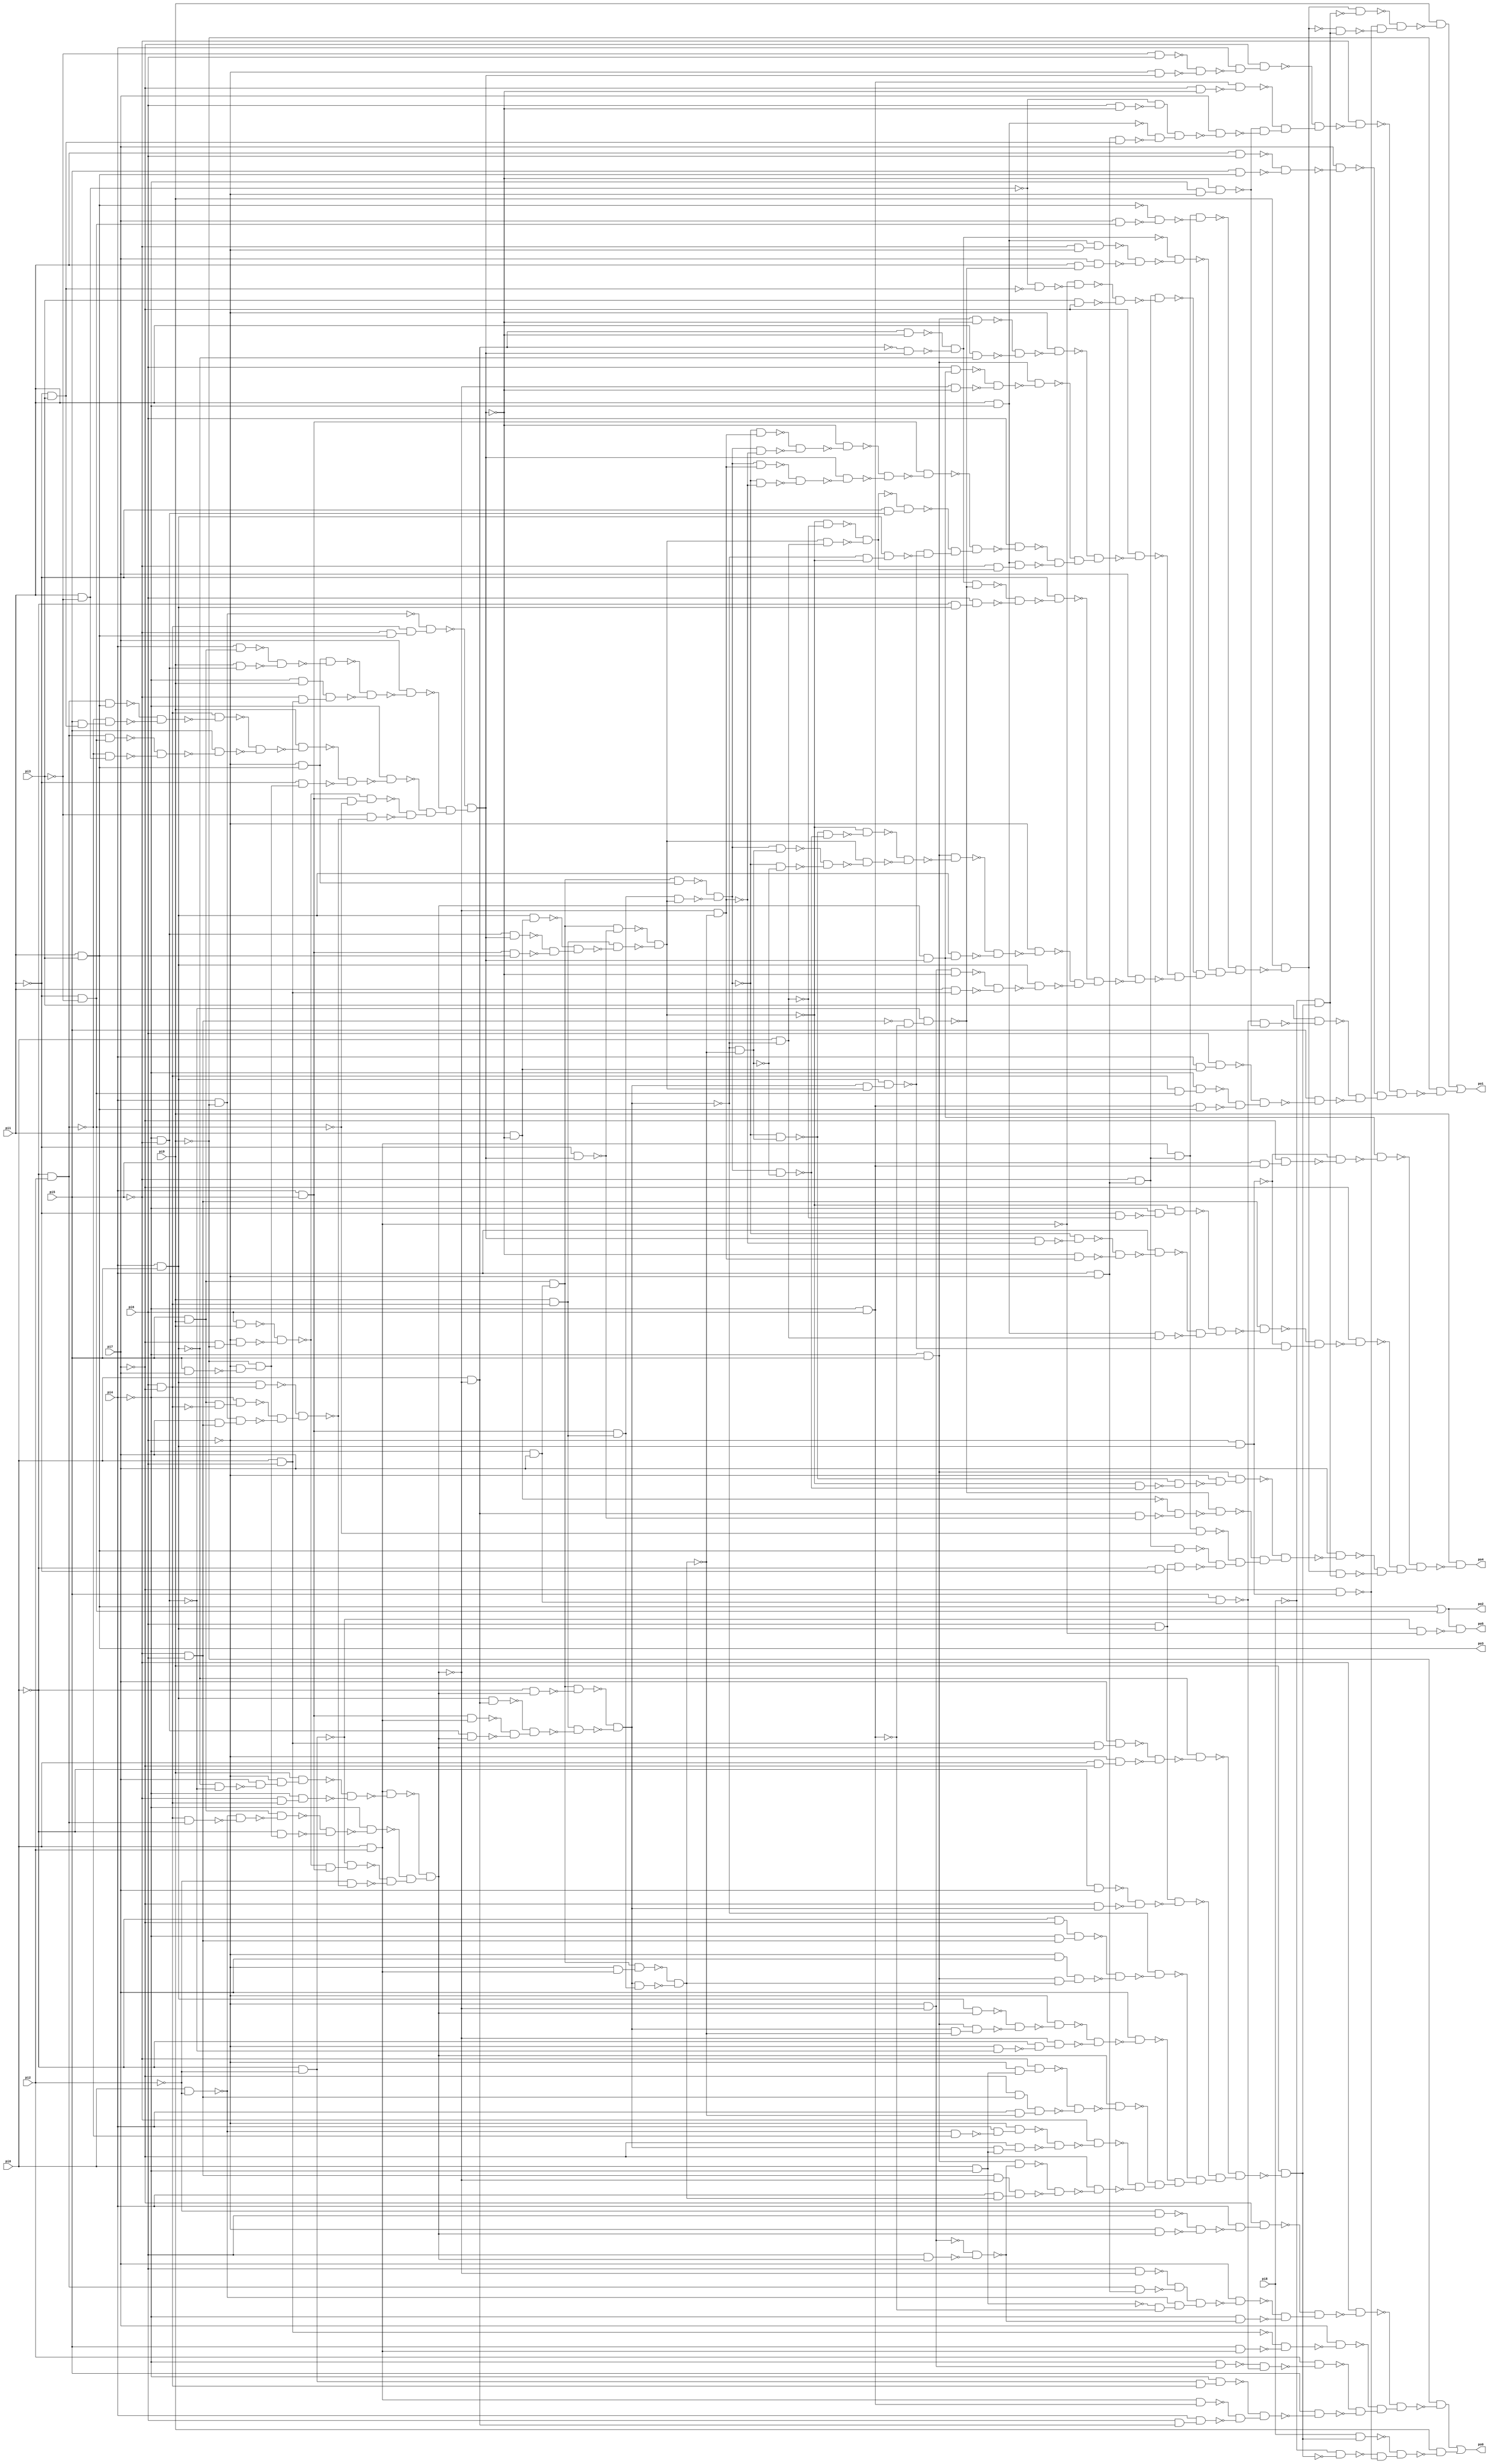
// Benchmark "alu4_cl" written by ABC on Sun Apr 22 21:42:56 2018

module alu4_cl ( 
    pi0, pi1, pi2, pi3, pi4, pi5, pi6, pi7, pi8, pi9,
    po0, po1, po2, po3, po4, po5  );
  input  pi0, pi1, pi2, pi3, pi4, pi5, pi6, pi7, pi8, pi9;
  output po0, po1, po2, po3, po4, po5;
  wire n17, n18, n19, n20, n21, n22, n23, n24, n25, n26, n27, n28, n29, n30,
    n31, n32, n33, n34, n35, n36, n37, n38, n39, n40, n41, n42, n43, n44,
    n45, n46, n47, n48, n49, n50, n51, n52, n53, n54, n55, n56, n57, n58,
    n59, n60, n61, n62, n63, n64, n65, n66, n67, n68, n69, n70, n71, n72,
    n73, n74, n75, n76, n77, n78, n79, n80, n81, n82, n83, n84, n85, n86,
    n87, n88, n89, n90, n91, n92, n93, n94, n95, n96, n97, n98, n99, n100,
    n101, n102, n103, n104, n105, n106, n107, n108, n109, n110, n111, n112,
    n113, n114, n115, n116, n117, n118, n119, n120, n121, n122, n123, n124,
    n125, n126, n127, n128, n129, n130, n131, n132, n133, n134, n135, n136,
    n137, n138, n139, n140, n141, n142, n143, n144, n145, n146, n147, n148,
    n149, n150, n151, n152, n153, n154, n155, n156, n157, n158, n159, n160,
    n161, n162, n163, n164, n165, n166, n167, n168, n169, n170, n171, n172,
    n173, n174, n175, n176, n177, n178, n179, n180, n181, n182, n183, n184,
    n185, n187, n188, n190, n191, n192, n193, n194, n195, n196, n197, n198,
    n199, n200, n201, n202, n203, n204, n205, n206, n207, n208, n209, n210,
    n211, n212, n213, n214, n215, n216, n217, n218, n219, n220, n221, n222,
    n223, n224, n225, n226, n227, n228, n229, n230, n231, n232, n233, n234,
    n235, n236, n237, n238, n239, n240, n241, n242, n243, n244, n245, n246,
    n247, n248, n249, n250, n251, n252, n253, n254, n255, n256, n257, n258,
    n259, n260, n261, n262, n263, n264, n265, n266, n267, n268, n269, n270,
    n271, n272, n273, n274, n275, n276, n277, n278, n279, n280, n281, n282,
    n283, n284, n285, n286, n287, n288, n289, n290, n291, n292, n293, n294,
    n295, n296, n297, n298, n299, n300, n301, n302, n303, n304, n305, n306,
    n307, n308, n309, n310, n311, n312, n313, n314, n315, n316, n317, n318,
    n319, n320, n321, n322, n323, n324, n325, n326, n327, n328, n329, n330,
    n331, n332, n333, n334, n335, n336, n337, n338, n339, n340, n341, n342,
    n343, n344, n345, n346, n347, n348, n349, n350, n351, n352, n353, n354,
    n355, n356, n357, n358, n359, n360, n361, n362, n363, n364, n365, n366,
    n367, n368, n369, n370, n371, n372, n373, n376, n377, n378, n379, n380,
    n381, n382, n383, n384, n385, n386, n387, n388, n389, n390, n391, n392,
    n393, n394, n395, n396, n397, n398, n399, n400, n401, n402, n403, n404,
    n405, n406, n407, n408, n409, n410, n411, n412, n413, n414, n416;
  assign n17 = pi4 & pi5;
  assign n18 = ~pi6 & n17;
  assign n19 = pi0 & pi6;
  assign n20 = ~pi0 & ~pi2;
  assign n21 = pi6 & pi9;
  assign n22 = ~pi7 & ~pi9;
  assign n23 = ~pi6 & n22;
  assign n24 = ~n21 & ~n23;
  assign n25 = ~pi5 & pi6;
  assign n26 = pi5 & pi9;
  assign n27 = pi6 & ~pi7;
  assign n28 = n17 & n27;
  assign n29 = n26 & ~n27;
  assign n30 = ~pi4 & n29;
  assign n31 = pi4 & ~pi9;
  assign n32 = pi7 & n25;
  assign n33 = n31 & n32;
  assign n34 = ~n30 & ~n33;
  assign n35 = ~n28 & n34;
  assign n36 = pi4 & ~pi5;
  assign n37 = pi0 & pi2;
  assign n38 = pi5 & pi7;
  assign n39 = ~pi6 & ~n38;
  assign n40 = ~pi9 & n39;
  assign n41 = pi0 & ~pi2;
  assign n42 = ~pi4 & ~pi5;
  assign n43 = ~pi0 & pi2;
  assign n44 = ~n17 & ~n42;
  assign n45 = pi7 & ~n44;
  assign n46 = ~pi6 & n45;
  assign n47 = pi9 & n46;
  assign n48 = ~pi5 & n27;
  assign n49 = ~pi4 & n48;
  assign n50 = ~n47 & ~n49;
  assign n51 = n37 & ~n50;
  assign n52 = n27 & n43;
  assign n53 = ~n41 & ~n52;
  assign n54 = n26 & ~n53;
  assign n55 = ~pi0 & n40;
  assign n56 = ~n54 & ~n55;
  assign n57 = ~pi4 & ~n56;
  assign n58 = ~n24 & n36;
  assign n59 = ~n20 & n58;
  assign n60 = ~pi2 & ~n35;
  assign n61 = ~n59 & ~n60;
  assign n62 = ~n57 & n61;
  assign n63 = ~n51 & n62;
  assign n64 = ~pi4 & pi5;
  assign n65 = pi6 & n17;
  assign n66 = ~pi6 & ~n63;
  assign n67 = pi6 & n63;
  assign n68 = ~n66 & ~n67;
  assign n69 = ~pi4 & pi7;
  assign n70 = n26 & n69;
  assign n71 = pi9 & n27;
  assign n72 = pi0 & ~n63;
  assign n73 = ~pi0 & n63;
  assign n74 = n70 & ~n73;
  assign n75 = n17 & n72;
  assign n76 = n36 & n37;
  assign n77 = n42 & n63;
  assign n78 = ~n76 & ~n77;
  assign n79 = ~n75 & n78;
  assign n80 = n71 & ~n79;
  assign n81 = ~n74 & ~n80;
  assign n82 = pi0 & ~pi4;
  assign n83 = ~pi6 & n37;
  assign n84 = n70 & n83;
  assign n85 = n36 & n71;
  assign n86 = n81 & n85;
  assign n87 = ~n84 & ~n86;
  assign n88 = n19 & n63;
  assign n89 = pi7 & n88;
  assign n90 = pi0 & ~pi7;
  assign n91 = ~pi6 & n90;
  assign n92 = ~n89 & ~n91;
  assign n93 = ~n17 & ~n92;
  assign n94 = ~pi0 & pi7;
  assign n95 = ~pi7 & n81;
  assign n96 = ~n94 & ~n95;
  assign n97 = n65 & ~n96;
  assign n98 = ~pi0 & ~pi7;
  assign n99 = ~pi4 & n25;
  assign n100 = n98 & n99;
  assign n101 = ~pi6 & pi7;
  assign n102 = n64 & n87;
  assign n103 = n101 & n102;
  assign n104 = ~n100 & ~n103;
  assign n105 = ~n81 & ~n104;
  assign n106 = n17 & n63;
  assign n107 = n81 & ~n87;
  assign n108 = n64 & n107;
  assign n109 = ~n106 & ~n108;
  assign n110 = ~pi6 & ~n109;
  assign n111 = ~pi6 & ~n42;
  assign n112 = ~pi0 & ~n111;
  assign n113 = ~n63 & n112;
  assign n114 = ~n110 & ~n113;
  assign n115 = pi7 & ~n114;
  assign n116 = ~pi6 & n82;
  assign n117 = ~pi5 & n116;
  assign n118 = ~pi7 & n25;
  assign n119 = pi4 & ~n87;
  assign n120 = n118 & n119;
  assign n121 = ~n117 & ~n120;
  assign n122 = n63 & ~n121;
  assign n123 = ~n41 & ~n43;
  assign n124 = pi4 & ~n123;
  assign n125 = ~pi6 & n124;
  assign n126 = n81 & n82;
  assign n127 = ~pi7 & n126;
  assign n128 = ~n125 & ~n127;
  assign n129 = ~pi5 & ~n128;
  assign n130 = n64 & ~n68;
  assign n131 = n25 & ~n63;
  assign n132 = pi4 & n87;
  assign n133 = n131 & n132;
  assign n134 = ~n130 & ~n133;
  assign n135 = ~pi7 & ~n134;
  assign n136 = ~n129 & ~n135;
  assign n137 = ~n122 & n136;
  assign n138 = ~n115 & n137;
  assign n139 = ~n105 & n138;
  assign n140 = ~n97 & n139;
  assign n141 = ~n93 & n140;
  assign n142 = pi9 & ~n141;
  assign n143 = pi4 & ~pi6;
  assign n144 = ~pi4 & pi6;
  assign n145 = ~pi2 & pi6;
  assign n146 = ~pi6 & n63;
  assign n147 = ~n145 & ~n146;
  assign n148 = pi4 & ~n147;
  assign n149 = ~pi7 & n148;
  assign n150 = pi6 & ~n63;
  assign n151 = n43 & n143;
  assign n152 = ~n150 & ~n151;
  assign n153 = ~n82 & ~n144;
  assign n154 = ~n41 & n153;
  assign n155 = n152 & n154;
  assign n156 = pi7 & ~n155;
  assign n157 = ~pi4 & ~n68;
  assign n158 = ~n156 & ~n157;
  assign n159 = ~n149 & n158;
  assign n160 = ~pi5 & ~n159;
  assign n161 = pi5 & n37;
  assign n162 = ~n19 & ~n161;
  assign n163 = pi7 & ~n162;
  assign n164 = ~pi4 & n66;
  assign n165 = pi5 & n69;
  assign n166 = ~n164 & ~n165;
  assign n167 = pi2 & ~n166;
  assign n168 = n20 & n27;
  assign n169 = ~pi4 & n168;
  assign n170 = n37 & n144;
  assign n171 = pi6 & n72;
  assign n172 = pi4 & n171;
  assign n173 = ~n170 & ~n172;
  assign n174 = ~n169 & n173;
  assign n175 = pi5 & ~n174;
  assign n176 = ~n167 & ~n175;
  assign n177 = ~n163 & n176;
  assign n178 = ~n160 & n177;
  assign n179 = ~pi9 & ~n178;
  assign n180 = pi8 & n142;
  assign n181 = ~pi8 & ~n142;
  assign n182 = ~pi7 & n18;
  assign n183 = ~n181 & ~n182;
  assign n184 = ~n180 & n183;
  assign n185 = pi9 & ~n184;
  assign po0 = n179 | n185;
  assign n187 = ~pi5 & n143;
  assign n188 = n37 & n187;
  assign po3 = pi1 & pi3;
  assign n190 = ~pi5 & po3;
  assign n191 = n27 & n190;
  assign n192 = ~pi1 & ~pi3;
  assign n193 = ~pi6 & po3;
  assign n194 = pi1 & ~pi3;
  assign n195 = ~pi1 & pi3;
  assign n196 = ~n31 & n191;
  assign n197 = pi4 & n26;
  assign n198 = pi9 & n42;
  assign n199 = ~n197 & ~n198;
  assign n200 = n193 & ~n199;
  assign n201 = ~pi4 & pi9;
  assign n202 = ~pi5 & n19;
  assign n203 = n201 & n202;
  assign n204 = ~n200 & ~n203;
  assign n205 = pi7 & ~n204;
  assign n206 = n43 & po3;
  assign n207 = pi5 & n195;
  assign n208 = ~n43 & n207;
  assign n209 = ~n206 & ~n208;
  assign n210 = n27 & ~n209;
  assign n211 = n43 & n192;
  assign n212 = ~n43 & n194;
  assign n213 = ~n211 & ~n212;
  assign n214 = pi5 & ~n213;
  assign n215 = ~n210 & ~n214;
  assign n216 = pi9 & ~n215;
  assign n217 = ~pi1 & n40;
  assign n218 = ~n216 & ~n217;
  assign n219 = ~pi4 & ~n218;
  assign n220 = n36 & ~n192;
  assign n221 = ~n24 & n220;
  assign n222 = ~pi3 & ~n35;
  assign n223 = ~n221 & ~n222;
  assign n224 = ~n219 & n223;
  assign n225 = ~n205 & n224;
  assign n226 = ~n196 & n225;
  assign n227 = n72 & ~n226;
  assign n228 = ~n72 & n226;
  assign n229 = ~n227 & ~n228;
  assign n230 = pi1 & ~pi4;
  assign n231 = pi1 & ~n226;
  assign n232 = ~pi1 & n226;
  assign n233 = n70 & ~n232;
  assign n234 = n17 & n231;
  assign n235 = n42 & n226;
  assign n236 = n36 & po3;
  assign n237 = ~n235 & ~n236;
  assign n238 = ~n234 & n237;
  assign n239 = n71 & ~n238;
  assign n240 = ~n233 & ~n239;
  assign n241 = pi0 & ~n81;
  assign n242 = ~n240 & ~n241;
  assign n243 = n240 & n241;
  assign n244 = ~n242 & ~n243;
  assign n245 = n63 & n226;
  assign n246 = n81 & n240;
  assign n247 = n17 & n246;
  assign n248 = ~n25 & ~n144;
  assign n249 = ~n42 & n248;
  assign n250 = n70 & n193;
  assign n251 = n85 & n240;
  assign n252 = ~n250 & ~n251;
  assign n253 = ~n63 & ~n87;
  assign n254 = ~n81 & ~n87;
  assign n255 = pi7 & n192;
  assign n256 = ~po3 & ~n255;
  assign n257 = n188 & ~n256;
  assign n258 = ~pi5 & ~pi6;
  assign n259 = n230 & n258;
  assign n260 = pi1 & ~n249;
  assign n261 = pi7 & n260;
  assign n262 = ~n259 & ~n261;
  assign n263 = ~n229 & ~n262;
  assign n264 = ~n194 & ~n195;
  assign n265 = ~n37 & ~n264;
  assign n266 = pi3 & ~pi7;
  assign n267 = ~n265 & ~n266;
  assign n268 = n187 & ~n267;
  assign n269 = n64 & ~n226;
  assign n270 = pi1 & ~n17;
  assign n271 = ~n269 & ~n270;
  assign n272 = ~pi6 & ~n271;
  assign n273 = pi6 & n245;
  assign n274 = ~n63 & ~n226;
  assign n275 = ~n273 & ~n274;
  assign n276 = n64 & ~n275;
  assign n277 = ~n252 & n253;
  assign n278 = n252 & ~n253;
  assign n279 = ~n277 & ~n278;
  assign n280 = ~n226 & ~n279;
  assign n281 = n252 & n253;
  assign n282 = ~n252 & ~n253;
  assign n283 = ~n281 & ~n282;
  assign n284 = n226 & ~n283;
  assign n285 = ~n280 & ~n284;
  assign n286 = n36 & ~n285;
  assign n287 = ~pi1 & n42;
  assign n288 = ~n244 & n287;
  assign n289 = ~n81 & ~n240;
  assign n290 = n17 & n289;
  assign n291 = ~n247 & ~n290;
  assign n292 = ~n288 & n291;
  assign n293 = ~n286 & n292;
  assign n294 = pi6 & ~n293;
  assign n295 = ~pi5 & n244;
  assign n296 = n230 & n295;
  assign n297 = ~n294 & ~n296;
  assign n298 = ~n276 & n297;
  assign n299 = ~n272 & n298;
  assign n300 = ~pi7 & ~n299;
  assign n301 = n229 & ~n249;
  assign n302 = ~pi0 & n17;
  assign n303 = pi6 & n302;
  assign n304 = ~n301 & ~n303;
  assign n305 = ~pi1 & ~n304;
  assign n306 = ~n252 & n254;
  assign n307 = n252 & ~n254;
  assign n308 = ~n306 & ~n307;
  assign n309 = ~n240 & ~n308;
  assign n310 = n252 & n254;
  assign n311 = ~n252 & ~n254;
  assign n312 = ~n310 & ~n311;
  assign n313 = n240 & ~n312;
  assign n314 = ~n309 & ~n313;
  assign n315 = n64 & ~n314;
  assign n316 = n17 & n245;
  assign n317 = ~n315 & ~n316;
  assign n318 = ~pi6 & ~n317;
  assign n319 = n66 & ~n226;
  assign n320 = pi1 & n19;
  assign n321 = ~n319 & ~n320;
  assign n322 = n17 & ~n321;
  assign n323 = ~n318 & ~n322;
  assign n324 = ~n305 & n323;
  assign n325 = pi7 & ~n324;
  assign n326 = ~n300 & ~n325;
  assign n327 = ~n268 & n326;
  assign n328 = ~n263 & n327;
  assign n329 = ~n257 & n328;
  assign n330 = pi9 & ~n329;
  assign n331 = ~pi4 & ~pi6;
  assign n332 = ~n226 & n331;
  assign n333 = ~pi8 & n142;
  assign n334 = n330 & ~n333;
  assign n335 = ~n330 & n333;
  assign n336 = ~n182 & ~n335;
  assign n337 = ~n334 & n336;
  assign n338 = pi9 & ~n337;
  assign n339 = ~pi3 & pi6;
  assign n340 = ~pi6 & n226;
  assign n341 = ~n339 & ~n340;
  assign n342 = pi4 & ~n341;
  assign n343 = ~pi7 & n342;
  assign n344 = ~pi7 & ~n226;
  assign n345 = n144 & ~n344;
  assign n346 = pi6 & ~n226;
  assign n347 = ~n194 & ~n346;
  assign n348 = n143 & n195;
  assign n349 = ~n230 & ~n348;
  assign n350 = n347 & n349;
  assign n351 = pi7 & ~n350;
  assign n352 = ~n332 & ~n351;
  assign n353 = ~n345 & n352;
  assign n354 = ~n343 & n353;
  assign n355 = ~pi5 & ~n354;
  assign n356 = pi1 & pi6;
  assign n357 = pi5 & po3;
  assign n358 = ~n356 & ~n357;
  assign n359 = pi7 & ~n358;
  assign n360 = ~n165 & ~n332;
  assign n361 = pi3 & ~n360;
  assign n362 = pi4 & n231;
  assign n363 = pi6 & n362;
  assign n364 = n27 & n192;
  assign n365 = ~pi4 & n364;
  assign n366 = n144 & po3;
  assign n367 = ~n365 & ~n366;
  assign n368 = ~n363 & n367;
  assign n369 = pi5 & ~n368;
  assign n370 = ~n361 & ~n369;
  assign n371 = ~n359 & n370;
  assign n372 = ~n355 & n371;
  assign n373 = ~pi9 & ~n372;
  assign po1 = n338 | n373;
  assign po2 = po3 | n192;
  assign n376 = pi5 & n144;
  assign n377 = ~pi7 & n376;
  assign n378 = ~n18 & ~n377;
  assign n379 = n245 & ~n378;
  assign n380 = ~pi1 & ~n241;
  assign n381 = ~pi4 & ~n380;
  assign n382 = ~n240 & n381;
  assign n383 = n226 & ~n253;
  assign n384 = ~n252 & ~n383;
  assign n385 = ~n226 & n253;
  assign n386 = ~n384 & ~n385;
  assign n387 = pi4 & ~n386;
  assign n388 = n230 & n241;
  assign n389 = ~n387 & ~n388;
  assign n390 = ~n382 & n389;
  assign n391 = n25 & ~n390;
  assign n392 = ~n18 & ~n247;
  assign n393 = ~n391 & n392;
  assign n394 = ~pi7 & ~n393;
  assign n395 = ~n240 & ~n307;
  assign n396 = ~n306 & ~n395;
  assign n397 = ~pi6 & ~n396;
  assign n398 = n64 & n397;
  assign n399 = n72 & ~n232;
  assign n400 = ~n231 & ~n399;
  assign n401 = ~n249 & ~n400;
  assign n402 = n188 & ~n192;
  assign n403 = n187 & po3;
  assign n404 = ~pi0 & ~pi1;
  assign n405 = n65 & n404;
  assign n406 = ~n403 & ~n405;
  assign n407 = ~n402 & n406;
  assign n408 = ~n401 & n407;
  assign n409 = ~n398 & n408;
  assign n410 = pi7 & ~n409;
  assign n411 = n330 & n333;
  assign n412 = ~n410 & ~n411;
  assign n413 = ~n394 & n412;
  assign n414 = ~n379 & n413;
  assign po4 = pi9 & ~n414;
  assign n416 = ~n20 & ~n37;
  assign po5 = po2 & ~n416;
endmodule